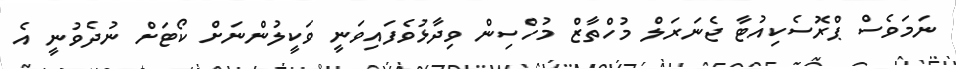
ނަމަވެސް ޕްރޮސެކިއުޓާ ޖެނަރަލް މުހްތާޒް މުހްސިން ވިދާޅުވެފައިވަނީ ވަކީލުންނަށް ކޯޓަށް ނުދެވުނީ އެ